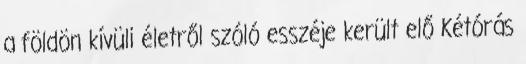
a földön kívüli életről szóló esszéje került elő Kétórás